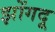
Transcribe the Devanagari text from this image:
झोंगदू